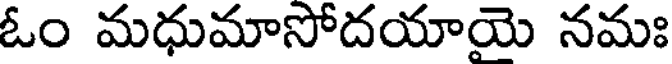
ఓం మధుమాసోదయాయె నమః